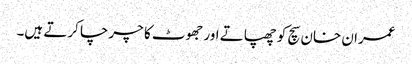
عمران خان سچ کو چھپاتے اور جھوٹ کا چرچا کرتے ہیں۔